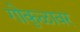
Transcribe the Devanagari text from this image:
गोकुळावर